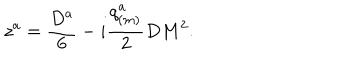
LaTeX: z ^ { a } = { \frac { D ^ { a } } { 6 } } - i { \frac { q _ { ( m ) } ^ { a } } { 2 } } D M ^ { 2 } .